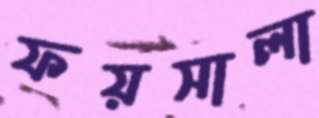
ফয়সালা